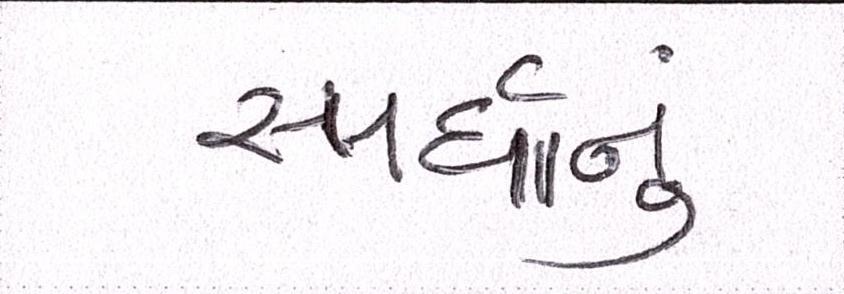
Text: સ્પર્ધાનું